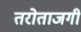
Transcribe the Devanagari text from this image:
तरोताजगी